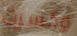
وكسرت